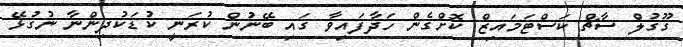
ގޫގުލް ސާޗް ކަސްޓަމައިޒް ކޮށްގެން ހަދާފައިވާ ގައި ބޭނުން ކުރަނީ ކުޑަކުދިންނާ ނުގުޅޭ